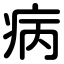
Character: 病